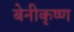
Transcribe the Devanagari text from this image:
बेनीकृष्ण